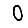
Digit: 0